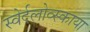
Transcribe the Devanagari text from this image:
स्वेर्दलोव्स्काया